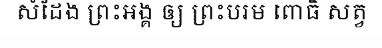
សំដែង ព្រះអង្គ ឲ្យ ព្រះបរម ពោធិ សត្វ